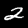
Digit: 2